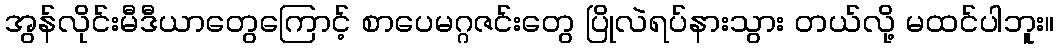
အွန်လိုင်းမီဒီယာတွေကြောင့် စာပေမဂ္ဂဇင်းတွေ ပြိုလဲရပ်နားသွား တယ်လို့ မထင်ပါဘူး။